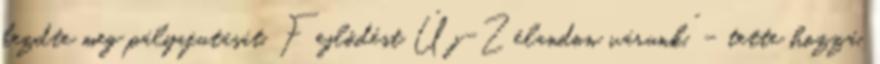
kezdte meg pályafutását. Fejlődést Új-Zélandon várunk.” – tette hozzá.